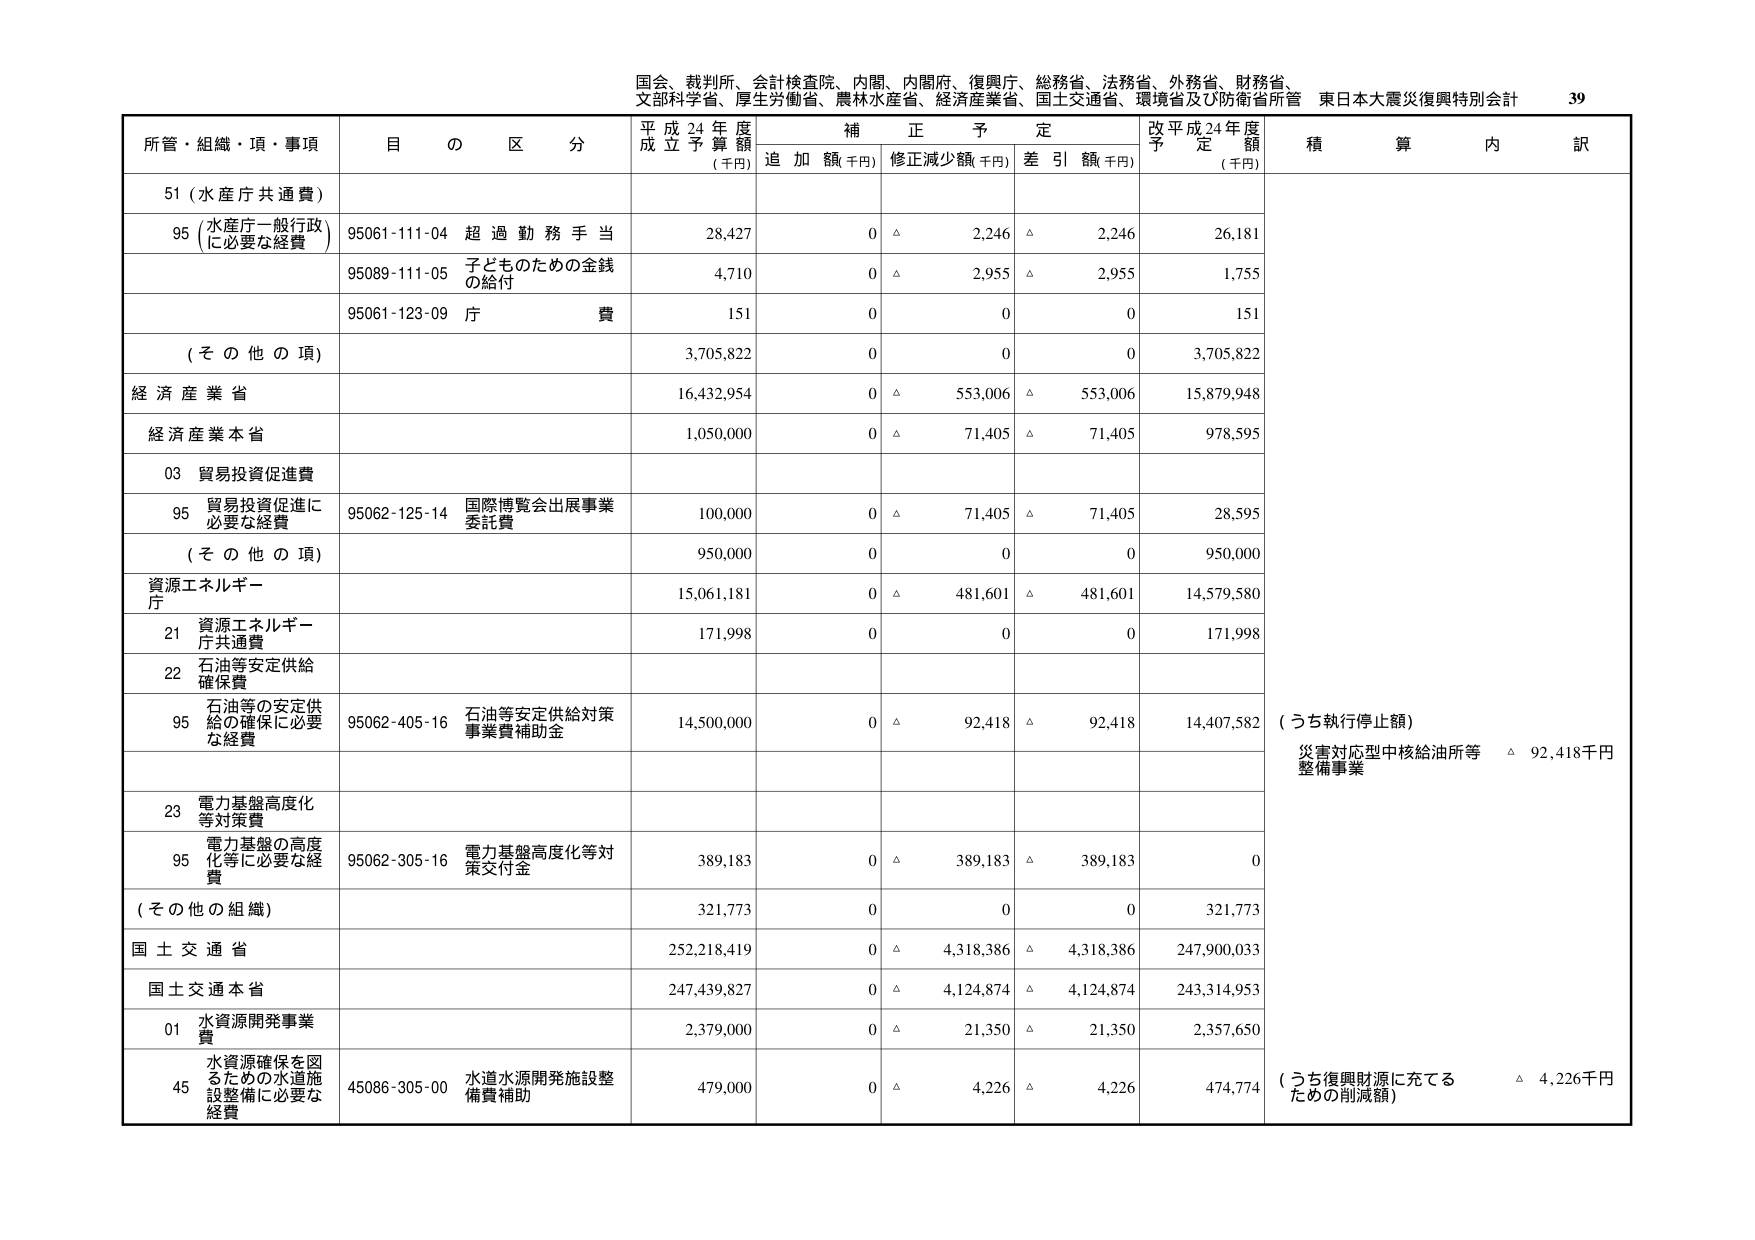
国会、裁判所、会計検査院、内閣、内閣府、復興庁、総務省、法務省、外務省、財務省、
文部科学省、厚生労働省、農林水産省、経済産業省、国土交通省、環境省及び防衛省所管 東日本大震災復興特別会計 39

所管・組織・項・事項 目 の 区 分 平成24年度 成立予算額 (千円) 補正予定 追加額(千円) 修正減少額(千円) 差引額(千円) 改平成24年度 予定額 (千円) 積算内訳

51 (水産庁共通費)

95 (水産庁一般行政 に必要な経費) 95061-111-04 超過勤務手当 28,427 0 △ 2,246 △ 2,246 26,181

95089-111-05 子どものための金銭 の給付 4,710 0 △ 2,955 △ 2,955 1,755

95061-123-09 庁費 151 0 0 0 151

(その他の項) 3,705,822 0 0 0 3,705,822

経済産業省 16,432,954 0 △ 553,006 △ 553,006 15,879,948

経済産業本省 1,050,000 0 △ 71,405 △ 71,405 978,595

03 貿易投資促進費

95 貿易投資促進に 必要な経費 95062-125-14 国際博覧会出展事業 委託費 100,000 0 △ 71,405 △ 71,405 28,595

(その他の項) 950,000 0 0 0 950,000

資源エネルギー庁 15,061,181 0 △ 481,601 △ 481,601 14,579,580

21 資源エネルギー 庁共通費 171,998 0 0 0 171,998

22 石油等安定供給 確保費

95 石油等の安定供 給の確保に必要 な経費 95062-405-16 石油等安定供給対策 事業費補助金 14,500,000 0 △ 92,418 △ 92,418 14,407,582 (うち執行停止額) 災害対応型中核給油所等 整備事業 △ 92,418千円

23 電力基盤高度化 等対策費

95 電力基盤の高度 化等に必要な経 費 95062-305-16 電力基盤高度化等対 策交付金 389,183 0 △ 389,183 △ 389,183 0

(その他の組織) 321,773 0 0 0 321,773

国土交通省 252,218,419 0 △ 4,318,386 △ 4,318,386 247,900,033

国土交通本省 247,439,827 0 △ 4,124,874 △ 4,124,874 243,314,953

01 水資源開発事業 費 2,379,000 0 △ 21,350 △ 21,350 2,357,650

45 水資源確保を図 るための水道施 設整備に必要な 経費 45086-305-00 水道水源開発施設整 備費補助 479,000 0 △ 4,226 △ 4,226 474,774 (うち復興財源に充てる ための削減額) △ 4,226千円